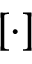
\left[ \cdot \right]